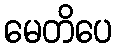
မေတိပေ